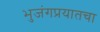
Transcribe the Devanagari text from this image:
भुजंगप्रयातचा